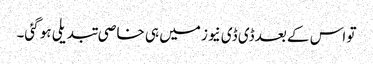
تو اس کے بعد ڈی ڈی نیوز میں ہی خاصی تبدیلی ہو گئی۔